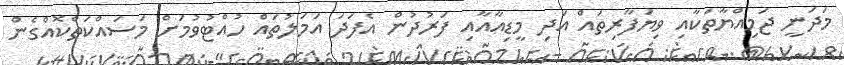
މަދަނީ ޖަމިއްޔާތަކާއި ވިޔަފާރިތައް އަދި މީޑިއާއާއި ފަރުދުން އެފަދަ އަމަލުތައް ހުއްޓުވުމަށް މަސައްކަތްކޮއްގެން